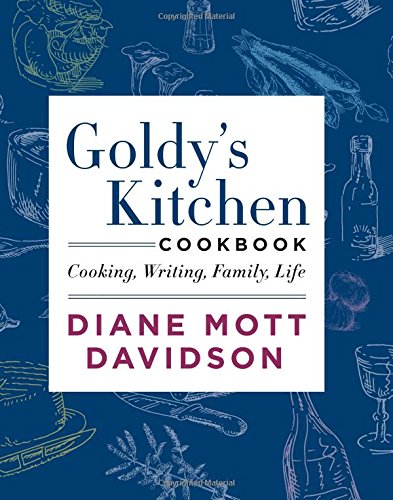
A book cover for Goldy's Kitchen Cookbook: Cooking, Writing, Family, Life; Diane Mott Davidson; Cookbooks, Food & Wine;